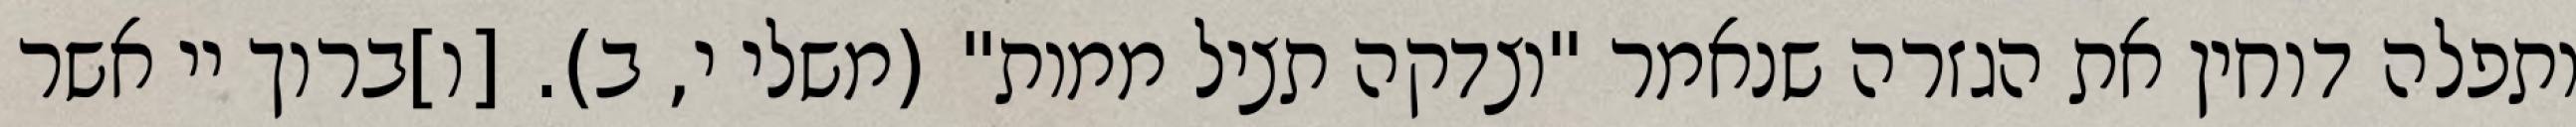
ותפלה דוחין את הגזרה שנאמר "וצדקה תציל ממות" (משלי י, ב). [ו]ברוך יי אשר